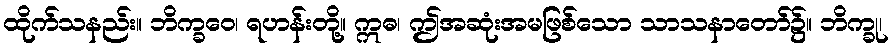
ထိုက်သနည်း။ ဘိက္ခဝေ၊ ရဟန်းတို့။ ဣဓ၊ ဤအဆုံးအမဖြစ်သော သာသနာတော်၌။ ဘိက္ခု၊